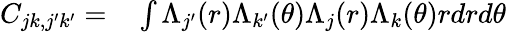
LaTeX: \begin{array}{rl}{C_{jk,j^{\prime}k^{\prime}}=}&{{}\int\Lambda_{j^{\prime}}(r)\Lambda_{k^{\prime}}(\theta)\Lambda_{j}(r)\Lambda_{k}(\theta)rdrd\theta}\end{array}